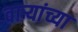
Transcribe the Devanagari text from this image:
वाऱ्यांच्या